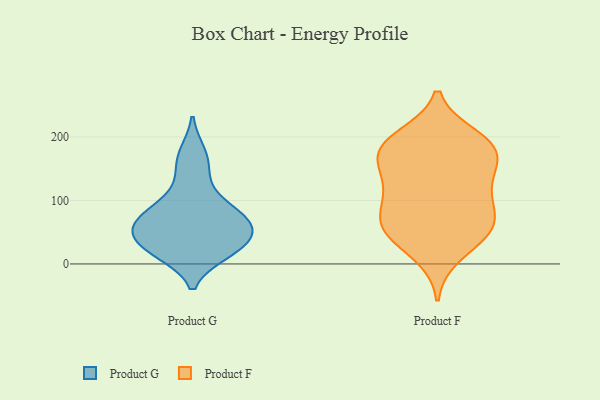
{"axis": {"x": "Operating Costs (USD K)", "y": "Value"}, "legend": ["Product F", "Product G"], "data": [{"x": "", "y": 17, "type": "Product G"}, {"x": "", "y": 63, "type": "Product G"}, {"x": "", "y": 91, "type": "Product G"}, {"x": "", "y": 21, "type": "Product G"}, {"x": "", "y": 175, "type": "Product G"}, {"x": "", "y": 48, "type": "Product G"}, {"x": "", "y": 145, "type": "Product G"}, {"x": "", "y": 66, "type": "Product G"}, {"x": "", "y": 46, "type": "Product G"}, {"x": "", "y": 95, "type": "Product G"}, {"x": "", "y": 61, "type": "Product G"}, {"x": "", "y": 22, "type": "Product G"}, {"x": "", "y": 142, "type": "Product F"}, {"x": "", "y": 54, "type": "Product F"}, {"x": "", "y": 56, "type": "Product F"}, {"x": "", "y": 187, "type": "Product F"}, {"x": "", "y": 140, "type": "Product F"}, {"x": "", "y": 54, "type": "Product F"}, {"x": "", "y": 95, "type": "Product F"}, {"x": "", "y": 52, "type": "Product F"}, {"x": "", "y": 199, "type": "Product F"}, {"x": "", "y": 190, "type": "Product F"}, {"x": "", "y": 67, "type": "Product F"}, {"x": "", "y": 175, "type": "Product F"}, {"x": "", "y": 171, "type": "Product F"}, {"x": "", "y": 114, "type": "Product F"}, {"x": "", "y": 15, "type": "Product F"}, {"x": "", "y": 182, "type": "Product F"}, {"x": "", "y": 104, "type": "Product F"}]}